Punjab Mental Hospital Lahore 1932-46 - 1932-1946
Year: 1932
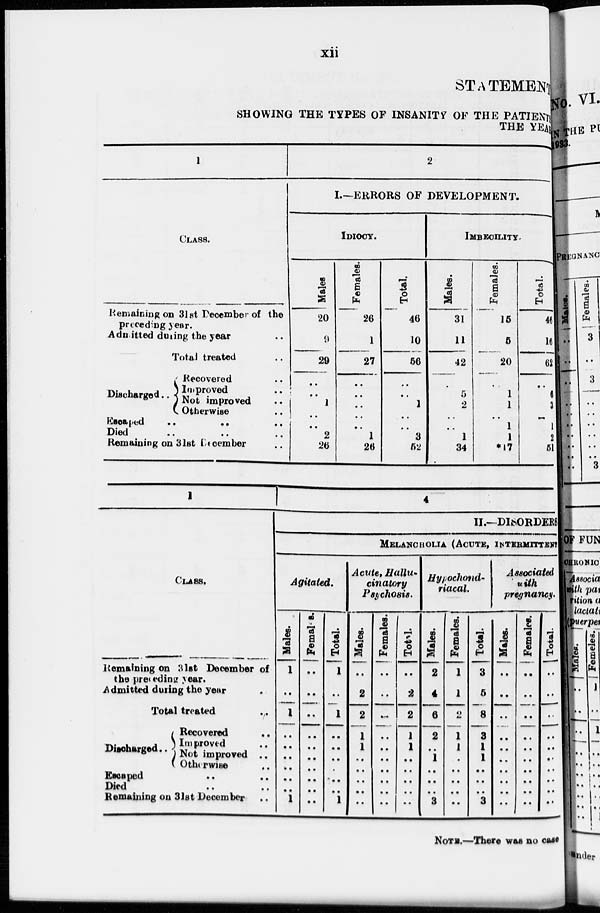
xii
STATEMENT
SHOWING THE TYPES OF INSANITY OF THE PATIENTS
THE YEAR
1
CLASS.
Remaining on 31st December of the
preceding year.
Admitted during the year ..
Total treated ..
Discharged..
Recovered ..
Improved ..
Not improved ..
Otherwise ..
Escaped
.. .. ..
Died .. .. ..
Remaining on 31st December ..
2
I.—ERRORS OF DEVELOPMENT.
IDIOCY.
Males
20
9
29
..
..
1
..
..
2
26
Females.
26
1
27
..
..
..
..
..
1
26
Total.
46
10
56
..
..
1
..
..
3
52
IMBECILITY
Males.
31
11
42
..
5
2
..
..
1
34
Females.
15
5
20
..
1
1
..
1
1
*17
Total.
46
16
62
..
6
3
..
1
2
51
1
CLASS.
Remaining on 31st December of
the preceding year.
Admitted during the year
..
Total treated
..
Discharged..
Recovered ..
Improved ..
Not improved ..
Otherwise ..
Escaped .. ..
Died .. ..
Remaining on 31st December ..
4
II.—DISORDERS
MELANCHOLIA (ACUTE, INTERMITTENT
Agitated.
Males.
1
..
1
..
..
..
..
..
..
1
Females.
..
..
..
..
..
..
..
..
..
..
Total.
1
..
1
..
..
..
..
..
..
1
Acute, Hallu-
cinatory
Psychosis.
Males.
..
2
2
1
1
..
..
..
..
..
Females.
..
..
..
..
..
..
..
..
..
..
Total.
..
2
2
1
1
..
..
..
..
..
Hypochond-
riacal.
Males.
2
4
6
2
..
1
..
..
..
3
Females.
1
1
2
1
1
..
..
..
..
..
Total.
3
5
8
3
1
1
..
..
..
3
Associated
with
pregnancy.
Males.
..
..
..
..
..
..
..
..
..
..
Females.
..
..
..
..
..
..
..
..
..
..
Total.
..
..
..
..
..
..
..
..
..
..
NOTE.—There was no case